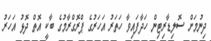
ދިނުމަށް ސޮލިޑާރިޓިން ހަދާފައިވާ ހަތަރު އަހަރުގެ ޕްރޮގްރާމުގެ ބާކީ އޮތް ދޮޅު އަހަރު